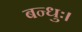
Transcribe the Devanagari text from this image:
बन्धुः।